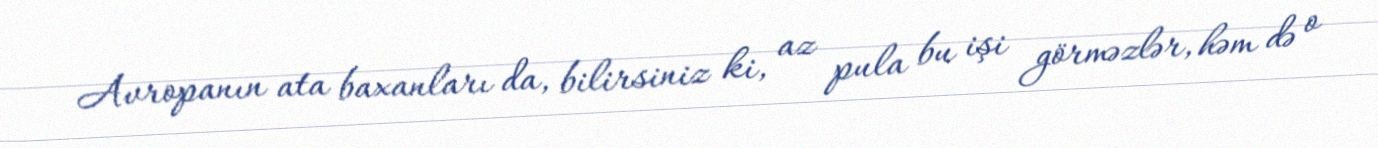
Avropanın ata baxanları da, bilirsiniz ki, az pula bu işi görməzlər, həm də o